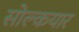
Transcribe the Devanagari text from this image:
सोल्कयार